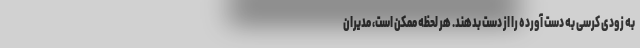
به زودی کرسی به دست آورده را از دست بدهند. هر لحظه ممکن است، مدیران